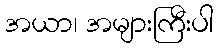
အယာ၊ အများကြီးပါ